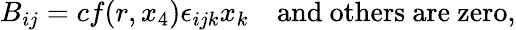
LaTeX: B_{ij}=cf(r,x_{4})\epsilon_{ijk}x_{k}\quad\mathrm{and\ others~are~zero},